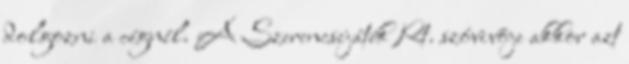
dolgozni a cégnél. A Szerencsejáték Rt. szóvivõje akkor azt